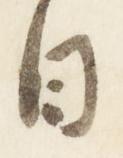
日